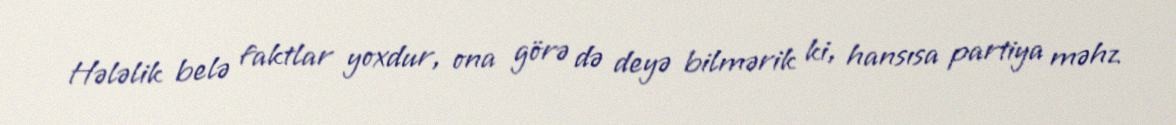
Hələlik belə faktlar yoxdur, ona görə də deyə bilmərik ki, hansısa partiya məhz